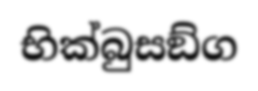
භික්බුසඞ්ග